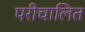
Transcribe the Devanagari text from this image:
परीचालित